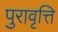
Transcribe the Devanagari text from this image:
पुरावृत्ति